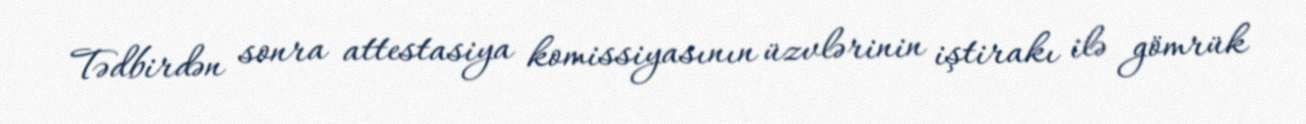
Tədbirdən sonra attestasiya komissiyasının üzvlərinin iştirakı ilə gömrük